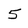
Character: 5